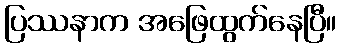
ပြဿနာက အဖြေထွက်နေပြီ။